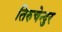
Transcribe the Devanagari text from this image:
तिरुचेन्दुर